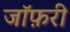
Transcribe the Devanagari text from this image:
जॉफ़री